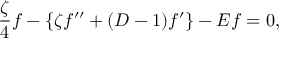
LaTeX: \frac { \zeta } { 4 } f - \{ \zeta f ^ { \prime \prime } + ( D - 1 ) f ^ { \prime } \} - E f = 0 ,